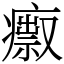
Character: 𤺅